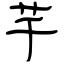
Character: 芊